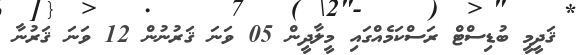
ޤަދީމީ ބުޑިސްޓް ރަސްކަމެއްގައި މީލާދީން 05 ވަނަ ޤަރުނުން 12 ވަނަ ޤަރުނާ